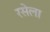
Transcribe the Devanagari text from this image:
रसेला